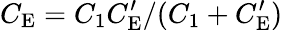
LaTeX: C_{\mathrm{E}}=C_{1}C_{\mathrm{E}}^{\prime}/(C_{1}+C_{\mathrm{E}}^{\prime})